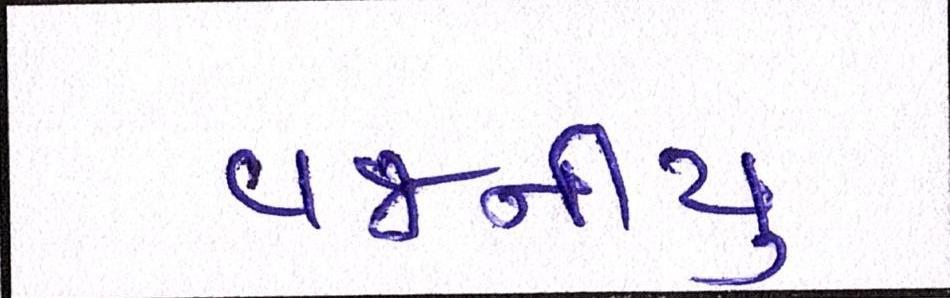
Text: વજનીયુ